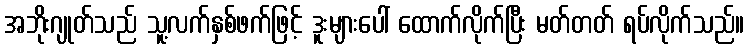
အဘိုးဂျုတ်သည် သူ့လက်နှစ်ဖက်ဖြင့် ဒူးများပေါ် ထောက်လိုက်ပြီး မတ်တတ် ရပ်လိုက်သည်။